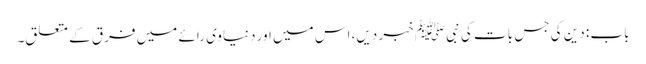
باب : دین کی جس بات کی نبیﷺ خبر دیں، اس میں اور دنیاوی رائے میں فرق کے متعلق۔